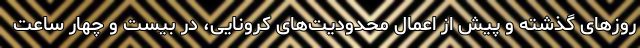
روزهای گذشته و پیش از اعمال محدودیت‌های کرونایی، در بیست و چهار ساعت